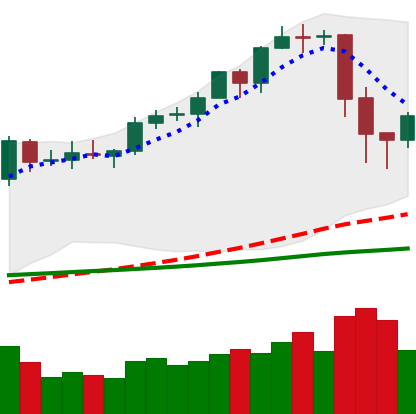
Ticker: EOS-USD
Chart end date: 2020-02-18
Forward return: -4.484%
Label: down_3_5